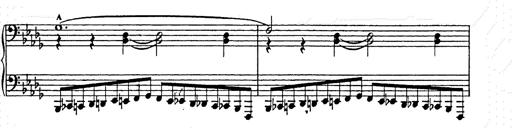
Title: Ballade No.2
Composer: Jan Skrzydlewski
Key: B minor